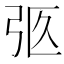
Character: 𢏉